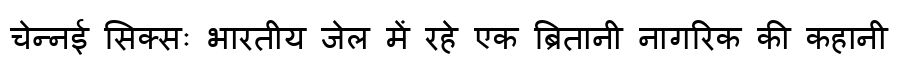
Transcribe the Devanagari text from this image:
चेन्नई सिक्सः भारतीय जेल में रहे एक ब्रितानी नागरिक की कहानी